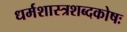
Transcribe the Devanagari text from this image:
धर्मशास्त्रशब्दकोषः